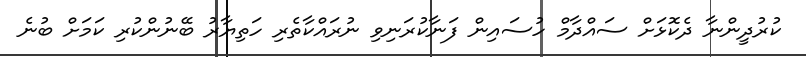
ކުރުދީންނާ ދެކޮޅަށް ސައްދާމް ހުސައިން ފަނާކުރަނިވި ނުރައްކާތެރި ހަތިޔާރު ބޭނުންކުރި ކަމަށް ބުނެ